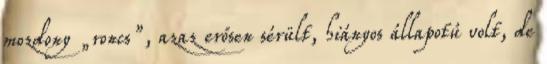
mozdony „roncs”, azaz erősen sérült, hiányos állapotú volt, de